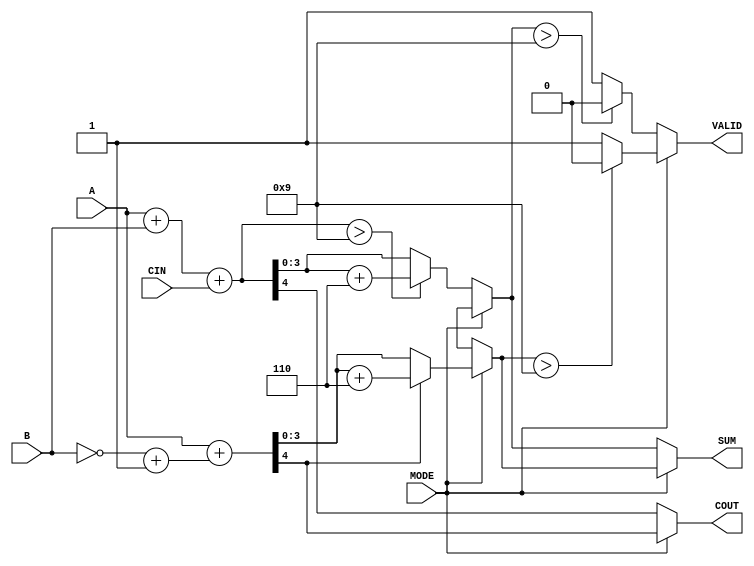
module BCD_Add_Subtracter(
    input [3:0] A,         // BCD input A
    input [3:0] B,         // BCD input B
    input MODE,            // Mode: 0 for add, 1 for subtract
    input CIN,             // Carry-in for addition
    output reg [3:0] SUM,  // BCD result
    output reg COUT,       // Carry-out for addition
    output reg VALID       // Validity indicator for BCD result
);

    wire [4:0] A_plus_B;          // Intermediate sum for addition
    wire [4:0] A_plus_B_comp;     // Intermediate sum for subtraction
    wire [3:0] B_comp;            // Two's complement of B
    
    // Calculate two's complement of B for subtraction
    assign B_comp = ~B + 4'b0001;

    // Calculate A + B + CIN
    assign A_plus_B = A + B + CIN;

    // Calculate A + (-B) for subtraction
    assign A_plus_B_comp = A + B_comp;

    always @(*) begin
        if (MODE == 1'b0) begin // Addition
            SUM = A_plus_B[3:0]; // Take lower 4 bits of the result
            COUT = A_plus_B[4];  // Check for carry out (5th bit)
            VALID = 1'b1;        // Initially assume valid
            
            // Check if the result is greater than 9
            if (A_plus_B > 4'b1001) begin
                SUM = SUM + 4'b0110; // Add correction factor (6)
            end

            // Check validity after correction
            if (SUM > 4'b1001) begin
                VALID = 1'b0; // Result is not valid BCD
            end
        end else begin // Subtraction
            SUM = A_plus_B_comp[3:0]; // Take lower 4 bits of the result
            VALID = 1'b1;              // Initially assume valid
            
            // Check if the result is negative (MSB is 1)
            if (A_plus_B_comp[4] == 1'b1) begin
                // If negative, we can take 6 as a correction
                SUM = SUM + 4'b0110; // Add correction factor (6)
            end
            
            // Check validity after correction
            if (SUM > 4'b1001) begin
                VALID = 1'b0; // Result is not valid BCD
            end
            
            // Set COUT to indicate borrow in subtraction
            COUT = A_plus_B_comp[4]; // Set COUT based on MSB of result
        end
    end
endmodule